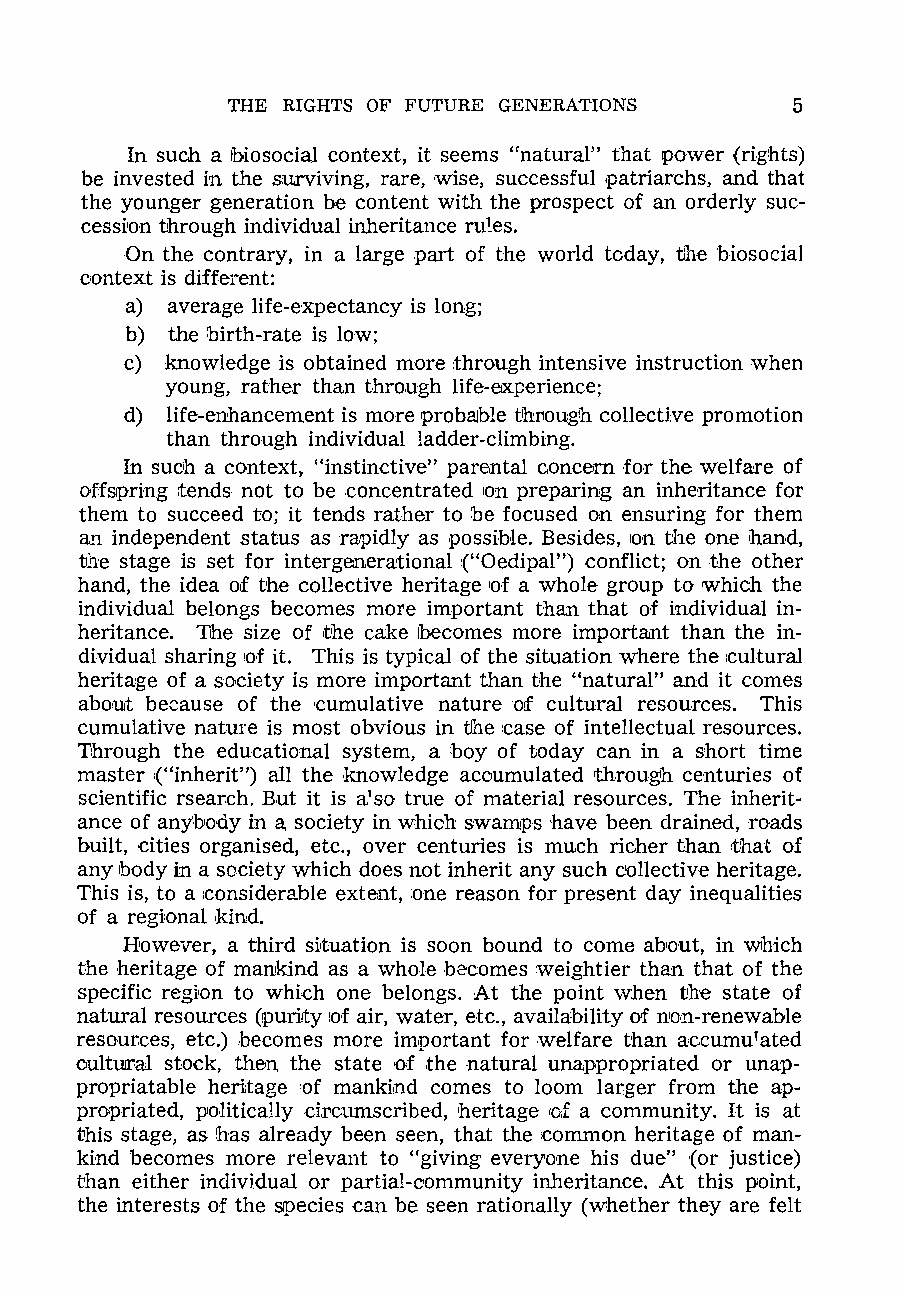
THE RIGHTS OF FUTURE GENERATIONS     5
 In such a Ibiosocial context, it seems "natural" that power (rights)
 be invested in the surviving, rare, wise, successful patriarchs, and that
 the younger generation be content with the prospect of an orderly suc
 cession through individual inheritance ru!es.
 On the contrary, in a large part of the world today, the biosocial
 context is different:
 a) average life-expectancy is long;
 b) the birth-rate is low;
 c) knowledge is obtained more through intensive instruction when
 young, rather than through life-experience;
 d) life-enhancement is more probaJble tlhI10ugn collecti:ve promotion
 than through individual ladder-climbing.
 In such a context, "instinctive" parental concern for the welfare of
 offspring :tends not to be concentrated IOn preparing an inheritance for
 them to succeed to; it tends rather to be focused on ensuring for them
 a.'1 independent status asraUJidly as possible. Besides, IOn the one hand,
 the stage is set for intergenerational ("Oedipal") conflict; on the other
 hand, the idea of the collective heritage 'of a whole group to which the
 individual belongs becomes more important than that of individual in
 heritance. The size of the cake becomes more important than the in
 dividual sharing of it. This is typical of the situation where the :cultural
 heritaJge of a society is more important than the "natural" and it comes
 aboill because of the cumulative nature of cultural resources. This
 cumulative nature is most obvious in tJhe case of intellectual resources.
 Through the educational system, a boy of today can in a short time
 master {"inherit") all the knowledge aooumulated through centuries of
 scientific rsearch. But it is a' so true of material resources. The inherit
 ance of anybody in a society in which swamps have been drained, roads
 built, <Cities organised, etc., over centuries is much richer tJhan that of
 any body in a society which does not inherit any such collective heritage.
 This is, to a :considerable extent, :one reason for present day inequalities
 of a regional kind.
 However, a third si,tuation is soon bound to come about, in which
 the heritage of mankind as a whole beaomes weightier than that of the
 specific region to which one belongs. At the point when the state of
 natural resources (purity of air,water, etc., availability of ll'O!Il-renewable
 resources, etc.) becomes more important for welfare than ac.cumulated
 cultmaJ. stock, then the state of the natural unappropriated or unap
 propriatable heriltage IOf mankind comes to loom langer from the ap
 propriated, politically circumscribed, heritage IOJ a community. It is at
 this stage, as !has already been seen, that the common heritage of man
 kind 'becomes more relevant to "giving everyone his due" (or justice)
 than either individual or partial-community inheritance. At this point,
 the interests of the species can be seen rationally {whether they are felt